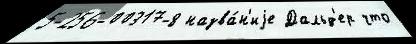
5-256-00317-8 назва́н'иjе Дальд'ер что